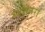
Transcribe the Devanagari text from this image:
रूपातरों